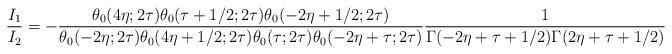
LaTeX: \begin{align*}\frac{I_1}{I_2} = - \frac{\theta_0(4\eta; 2\tau) \theta_0(\tau + 1/2; 2\tau) \theta_0(-2\eta + 1/2; 2\tau)}{\theta_0(-2\eta; 2\tau) \theta_0(4\eta +1/2; 2\tau) \theta_0(\tau; 2\tau) \theta_0(-2\eta + \tau; 2\tau)} \frac{1}{\Gamma(-2\eta + \tau + 1/2)\Gamma(2\eta + \tau + 1/2)}\end{align*}